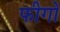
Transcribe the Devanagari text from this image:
फीगो